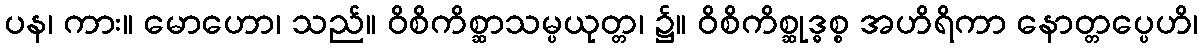
ပန၊ ကား။ မောဟော၊ သည်။ ဝိစိကိစ္ဆာသမ္ပယုတ္တ၊ ၌။ ဝိစိကိစ္ဆုဒ္ဓစ္စ အဟိရိကာ နောတ္တပ္ပေဟိ၊